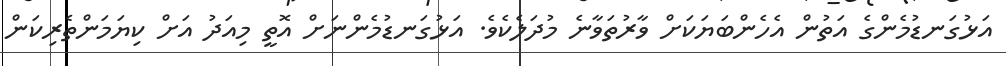
އަޅުގަނޑުމެންގެ އަތުން އެހެންބަޔަކަށް ވާރުތަވާނެ މުދަލެކެވެ. އަޅުގަނޑުމެންނަށް އޮތީ މިއަދު އަށް ކިޔަމަންތެރިކަން